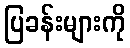
ပြခန်းများကို